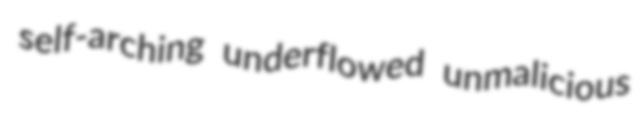
self-arching underflowed unmalicious